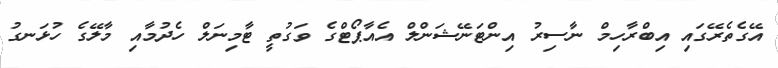
އޭގެތެރޭގައި އިބްރާހިމް ނާސިރު އިންޓަނޭޝަންލް އެއާޕޯޓްގެ ވަގުތީ ޓާމިނަލް ހެދުމާއި މާލޭގެ ހުޅަނގު